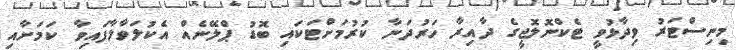
މިނިސްޓަރު ވިދާޅުވީ ޓެކްނޮލޮޖީގެ ދާއިރާ ހަރުދަނާ ކުރުމަށްޓަކައި ބޮޑު ޕްލޭނެއް އެކުލަވާލާފައިވާ ކަމަށާއި